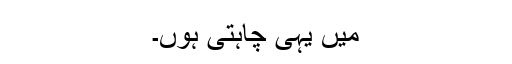
میں یہی چاہتی ہوں۔